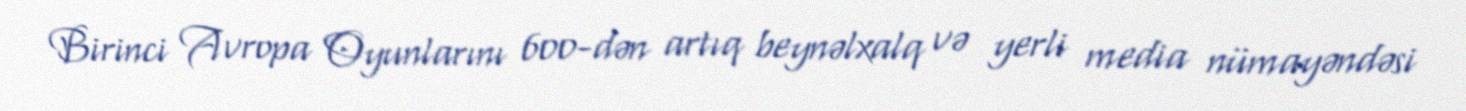
Birinci Avropa Oyunlarını 600-dən artıq beynəlxalq və yerli media nümayəndəsi